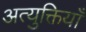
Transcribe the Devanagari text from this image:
अत्युक्तियाँ